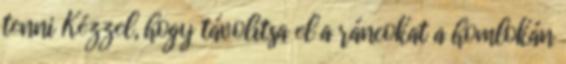
tenni Kézzel, hogy távolítsa el a ráncokat a homlokán